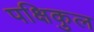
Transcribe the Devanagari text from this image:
पक्षिकुल